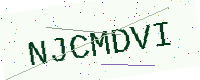
Text: NJCMDVI